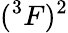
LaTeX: (^{3}F)^{2}